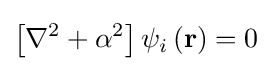
\left[{{\nabla ^{2}}+{\alpha ^{2}}}\right]{\psi _{i}}\left({\bf {r}}\right)=0